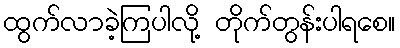
ထွက်လာခဲ့ကြပါလို့ တိုက်တွန်းပါရစေ။